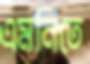
এমনিতে